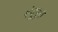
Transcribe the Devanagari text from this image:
गंदूपुरा